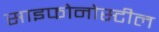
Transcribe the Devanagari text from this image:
साइफोनोस्टील